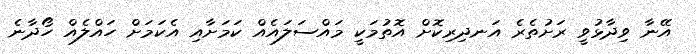
އޭނާ ވިދާޅުވީ ރަށުތެރެ އަނދިރިކޮށް އޮތުމަކީ މައްސަލައެއް ކަމަށާއި އެކަމަށް ހައްލެއް ހޯދާނެ